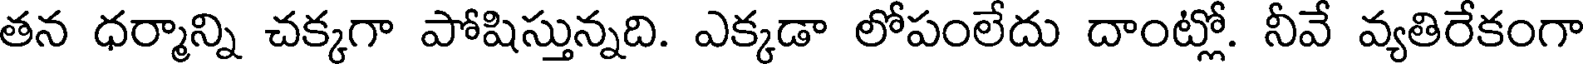
తన ధర్మాన్ని చక్కగా పోషిస్తున్నది. ఎక్కడా లోపంలేదు దాంట్లో. నీవే వ్యతిరేకంగా